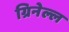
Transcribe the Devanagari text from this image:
ग्रिनेल्ल